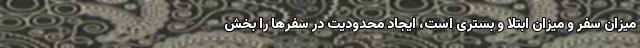
میزان سفر و میزان ابتلا و بستری است، ایجاد محدودیت در سفرها را بخش